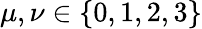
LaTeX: \mu,\nu\in\{ 0,1,2,3\}